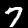
Label: 7